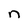
Character: n